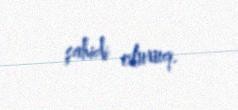
şahidi oluruq.